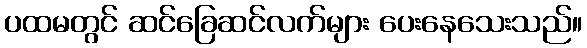
ပထမတွင် ဆင်ခြေဆင်လက်များ ပေးနေသေးသည်။